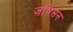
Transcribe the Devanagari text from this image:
जमिसन